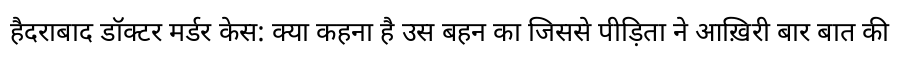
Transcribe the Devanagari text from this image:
हैदराबाद डॉक्टर मर्डर केस: क्या कहना है उस बहन का जिससे पीड़िता ने आख़िरी बार बात की